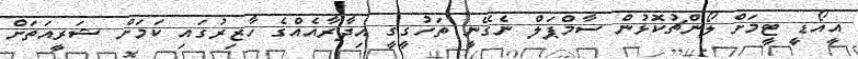
އީއޯޑީ ޓީމަށް ލޯންޗުކޮޅުން ސާމްޕަލް ނެގޭނީ ތަހުގީގީ އިދާރާއެއްގެ ހާޒިރުގައި ކަމަށް ޝަރީއަތަށް